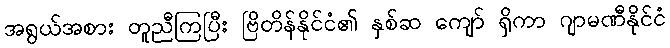
အရွယ်အစား တူညီကြပြီး ဗြိတိန်နိုင်ငံ၏ နှစ်ဆ ကျော် ရှိကာ ဂျာမဏီနိုင်ငံ